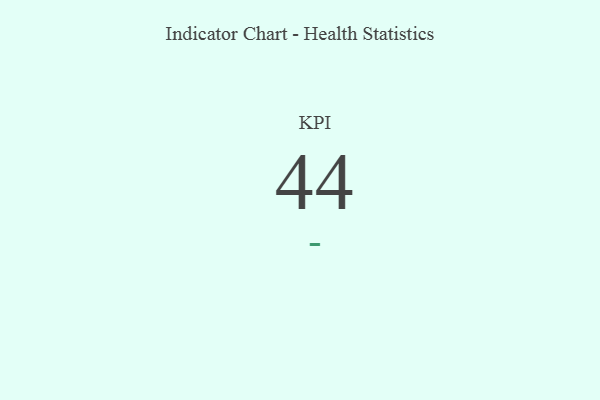
{"axis": {"x": "KPI", "y": "Value"}, "legend": [""], "data": [{"x": "KPI", "y": 44, "type": ""}]}